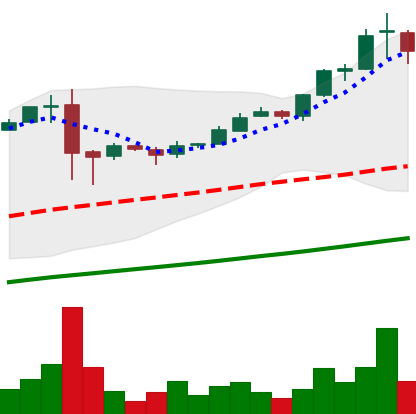
Ticker: BTC-USD
Chart end date: 2017-02-25
Forward return: 9.369%
Label: up_7plus